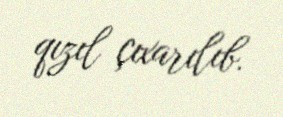
qızıl çıxarılıb.